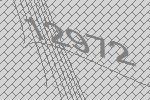
12972